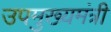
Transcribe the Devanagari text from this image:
उपमुख्‍यमंत्री